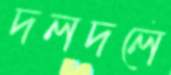
দলদলে